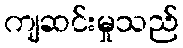
ကျဆင်းမှုသည်